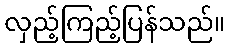
လှည့်ကြည့်ပြန်သည်။